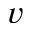
v